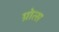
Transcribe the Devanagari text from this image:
ग्रोत्स